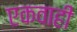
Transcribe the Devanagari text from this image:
एकवाही